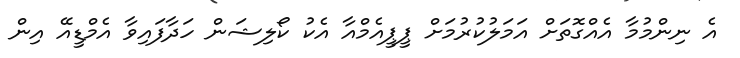
އެ ނިންމުމާ އެއްގޮތަށް އަމަލުކުރުމަށް ޕީޕީއެމްއާ އެކު ކޯލިޝަން ހަދާފައިވާ އެމްޑީއޭ އިން